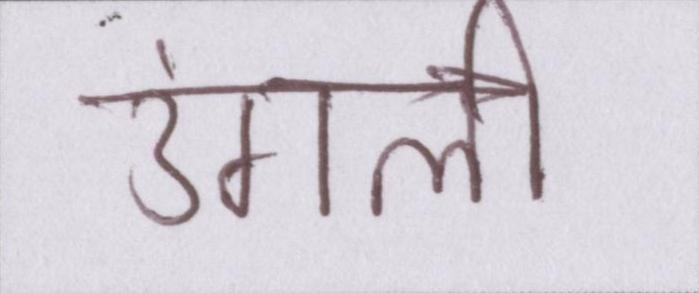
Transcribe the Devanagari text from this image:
उंगली